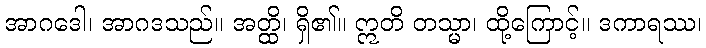
အာဂဒေါ၊ အာဂဒသည်။ အတ္ထိ၊ ရှိ၏။ ဣတိ တသ္မာ၊ ထို့ကြောင့်။ ဒကာရဿ၊